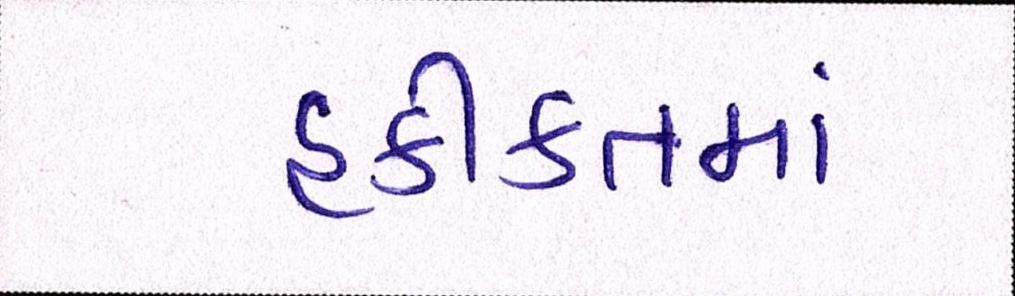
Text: હકીકતમાં